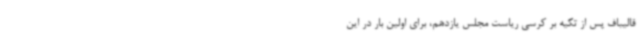
قالیباف پس از تکیه بر کرسی ریاست مجلس یازدهم، برای اولین بار در این